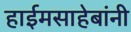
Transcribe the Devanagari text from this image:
हाईमसाहेबांनी